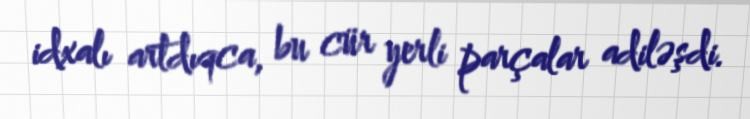
idxalı artdıqca, bu cür yerli parçalar adiləşdi.